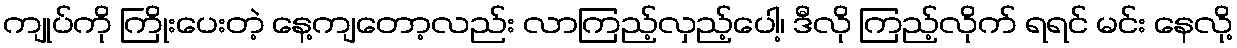
ကျုပ်ကို ကြိုးပေးတဲ့ နေ့ကျတော့လည်း လာကြည့်လှည့်ပေါ့၊ ဒီလို ကြည့်လိုက် ရရင် မင်း နေလို့